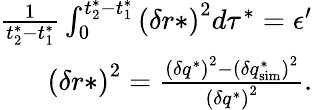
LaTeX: \begin{array}{r}{\frac{1}{t_{2}^{*}-t_{1}^{*}}\int_{0}^{t_{2}^{*}-t_{1}^{*}}\left(\delta r*\right)^{2}d\tau^{*}=\epsilon^{\prime}}\\ {\left(\delta r*\right)^{2}=\frac{\left(\delta q^{*}\right)^{2}-\left(\delta q_{\mathrm{sim}}^{*}\right)^{2}}{\left(\delta q^{*}\right)^{2}}.}\end{array}